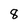
Character: 8